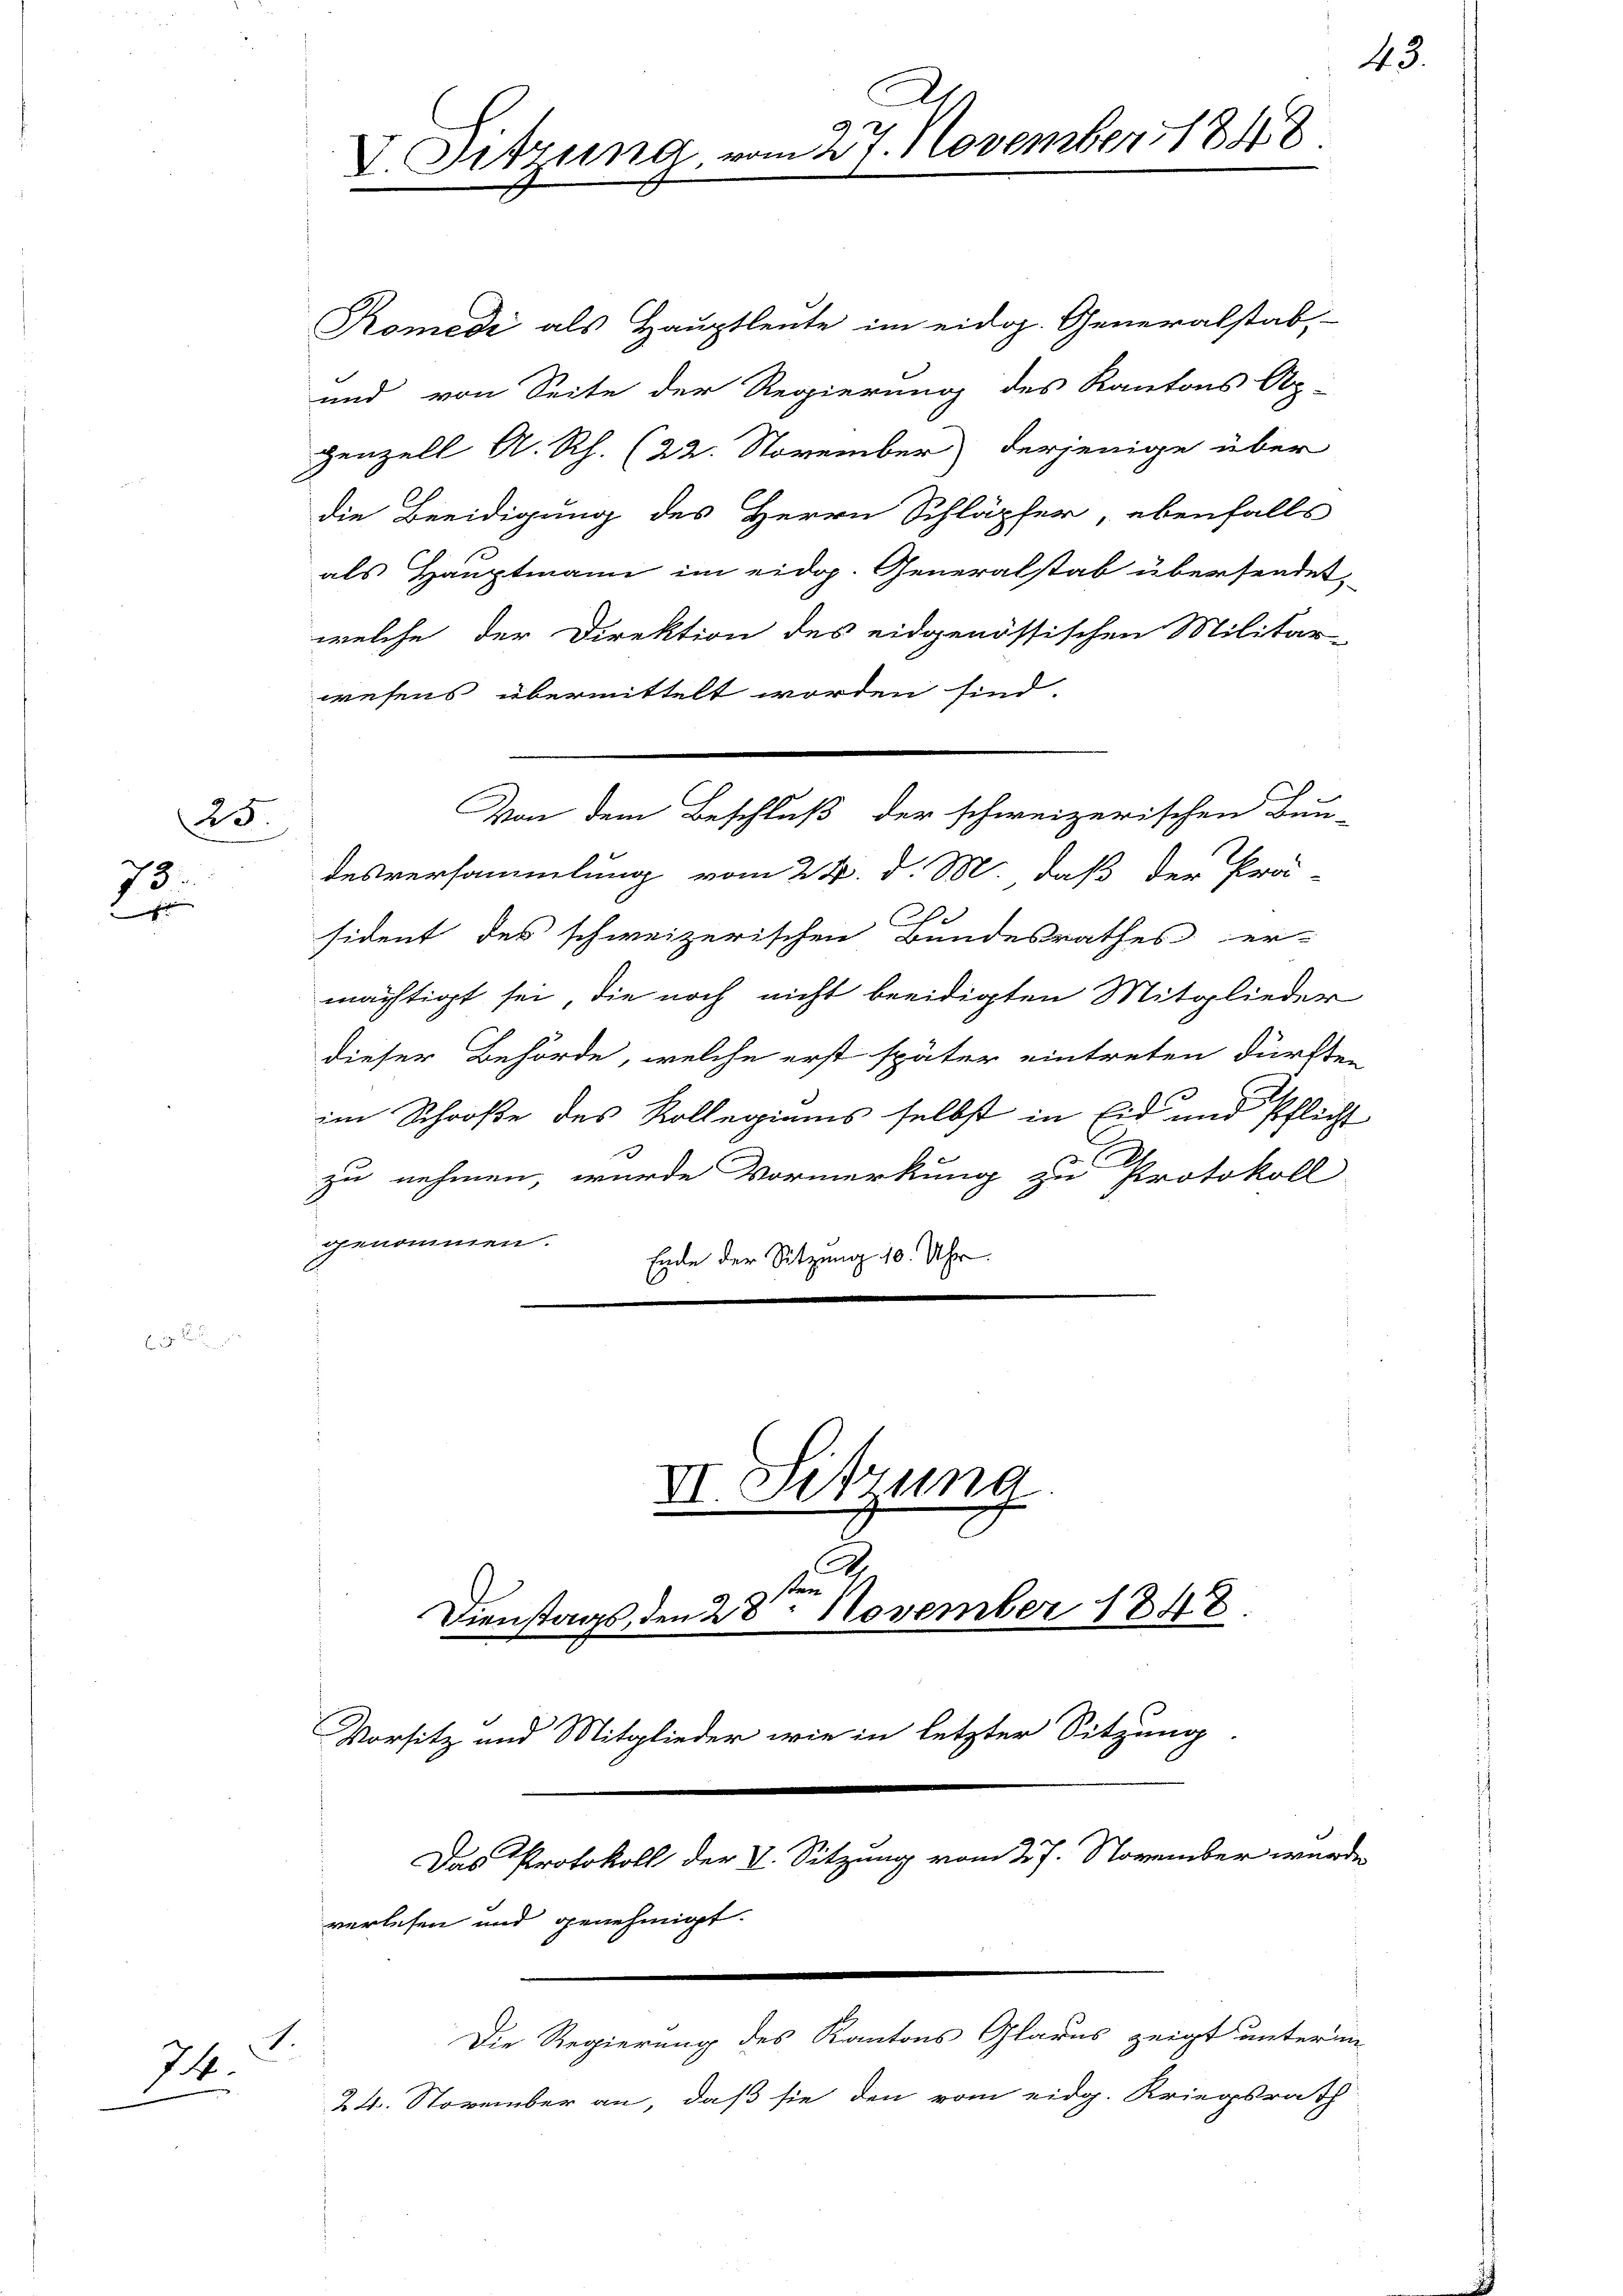
25.
73
e

744.

1

Sitzung, vom 27. November 1848

Komedi als Hauptleute im eidg. Generalstab,
und von Seite der Regierung des Kantons Ap-
Henzell A. Rh. (22. November derjenige über
die Beeidigung des Herrn Schläpfer, ebenfalls
als Hauptmann im eidop. Generalstab übersendet,
welche der Direktion des eidgenössischen Militär-
wesens übermittelt worden sind.
desversammlung vom 24. d. M. daß der Prä-
sident des schweizerischen Bundesrathes er-
mächtigt sei, die noch nicht beeidigten Mitglieder
dieser Behörde, welche erst später eintreten dürften
im Schooße des Kollegiams selbst in Eid und Pflicht
t
zu nehmen, wurde Vormerkung zu Protokoll
genommen.
Ende der Sitzung 10. Uhr.
VI. Sitzung

Von dem Beschluß der schweizerischen Bun-

1
Dienstags, den 28. November 1848
Vorsitz und Mitglieder wie in letzter Sitzung
Das Protokoll der 7. Sitzung vom 27. November wurde
verlesen und genehmigt.
Die Regierung des Kantons Glarus zeigt unterm
1
24. November an, daß sie den vom eidg. Kriegsrath

43.